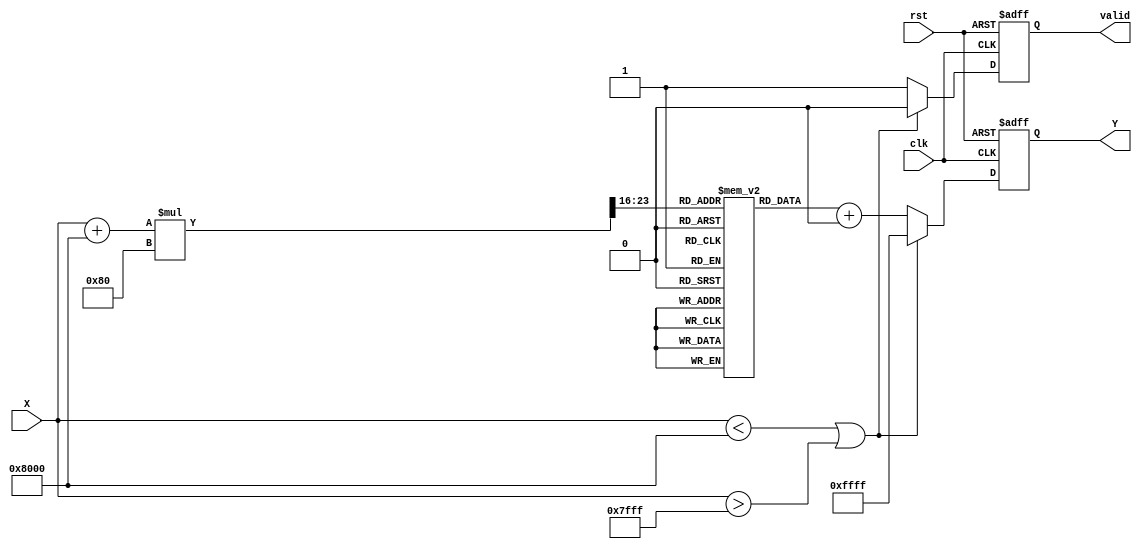
module acos_block(
    input wire [15:0] X,          // Input signal (fixed-point representation)
    output reg [15:0] Y,          // Output signal (angle in radians)
    input wire clk,
    input wire rst,
    output reg valid              // Output valid signal
);
    
    // Define constants
    localparam PI = 16'h3243;     // Approximation of  (3.14159) in fixed-point
    localparam LUT_SIZE = 256;     // Size of the LUT

    // Lookup table for acos values (in fixed-point)
    reg [15:0] lut [0:LUT_SIZE-1];

    // Initialize the LUT with precomputed acos values (in radians)
    initial begin
        // Populate LUT with example values for acos (0 to 1)
        // This would ideally be filled with actual acos values for the resolution
        lut[0] = PI;                // acos(-1) = 
        lut[1] = 16'h1C71;          // acos(-0.996)  3.139
        // ... Populate with other values ...
        lut[255] = 16'h0000;        // acos(1) = 0
    end

    // Internal signals
    reg [7:0] index;              // LUT index
    reg [15:0] x_frac;            // Fractional part for interpolation
    reg [15:0] y0, y1;            // LUT values for interpolation
    reg [7:0] lut_index0, lut_index1;

    // Input validation and LUT access
    always @(posedge clk or posedge rst) begin
        if (rst) begin
            Y <= 0;
            valid <= 0;
        end else begin
            if (X < 16'h8000 || X > 16'h7FFF) begin // Check if X is in range [-1, 1]
                Y <= 16'hFFFF; // Set to NaN or predefined error value
                valid <= 0;
            end else begin
                // Calculate LUT index based on input value
                index = (X + 16'h8000) * (LUT_SIZE / 2) >> 16; // Scale X to [0, LUT_SIZE-1]
                
                // Get the lower and upper LUT values for interpolation
                lut_index0 = index;
                lut_index1 = index + 1;

                if (lut_index1 >= LUT_SIZE) begin
                    lut_index1 = LUT_SIZE - 1; // Bound check
                end

                y0 = lut[lut_index0]; // Lower LUT value
                y1 = lut[lut_index1]; // Upper LUT value

                // Calculate the fractional part for interpolation
                x_frac = ((X + 16'h8000) * (LUT_SIZE / 2)) & 16'hFFFF; // Get fractional part

                // Linear interpolation
                Y <= y0 + ((y1 - y0) * x_frac >> 16);
                valid <= 1;
            end
        end
    end
endmodule